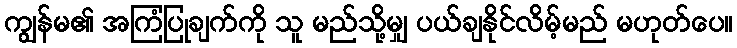
ကျွန်မ၏ အကြံပြုချက်ကို သူ မည်သို့မျှ ပယ်ချနိုင်လိမ့်မည် မဟုတ်ပေ။